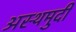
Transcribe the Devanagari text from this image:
अस्थमुदी